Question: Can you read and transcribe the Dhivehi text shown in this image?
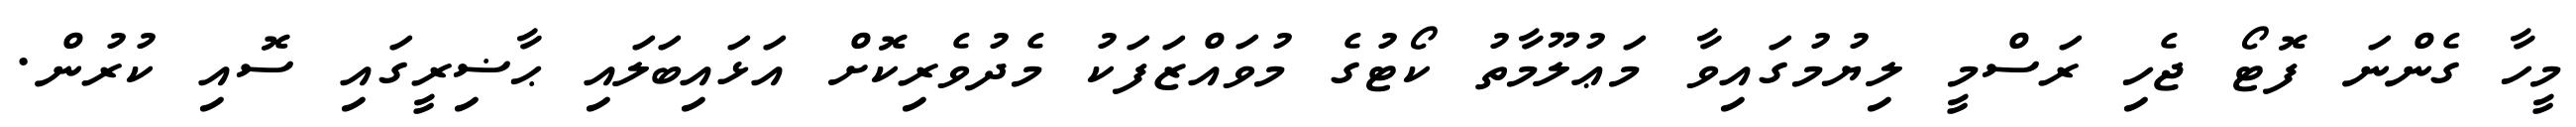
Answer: މީހާ ގެންނަ ފޮޓޯ ޖެހި ރަސްމީ ލިޔުމުގައިވާ މަޢުލޫމާތު ކޯޓުގެ މުވައްޒަފަކު މެދުވެރިކޮށް އަޅައިބަލައި ޙާޟިރީގައި ސޮއި ކުރުން.